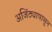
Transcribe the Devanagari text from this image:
अजिंठ्यापासून